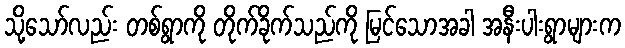
သို့သော်လည်း တစ်ရွာကို တိုက်ခိုက်သည်ကို မြင်သောအခါ အနီးပါးရွာများက